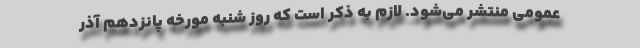
عمومی منتشر می‌شود. لازم به ذکر است که روز شنبه مورخه پانزدهم آذر